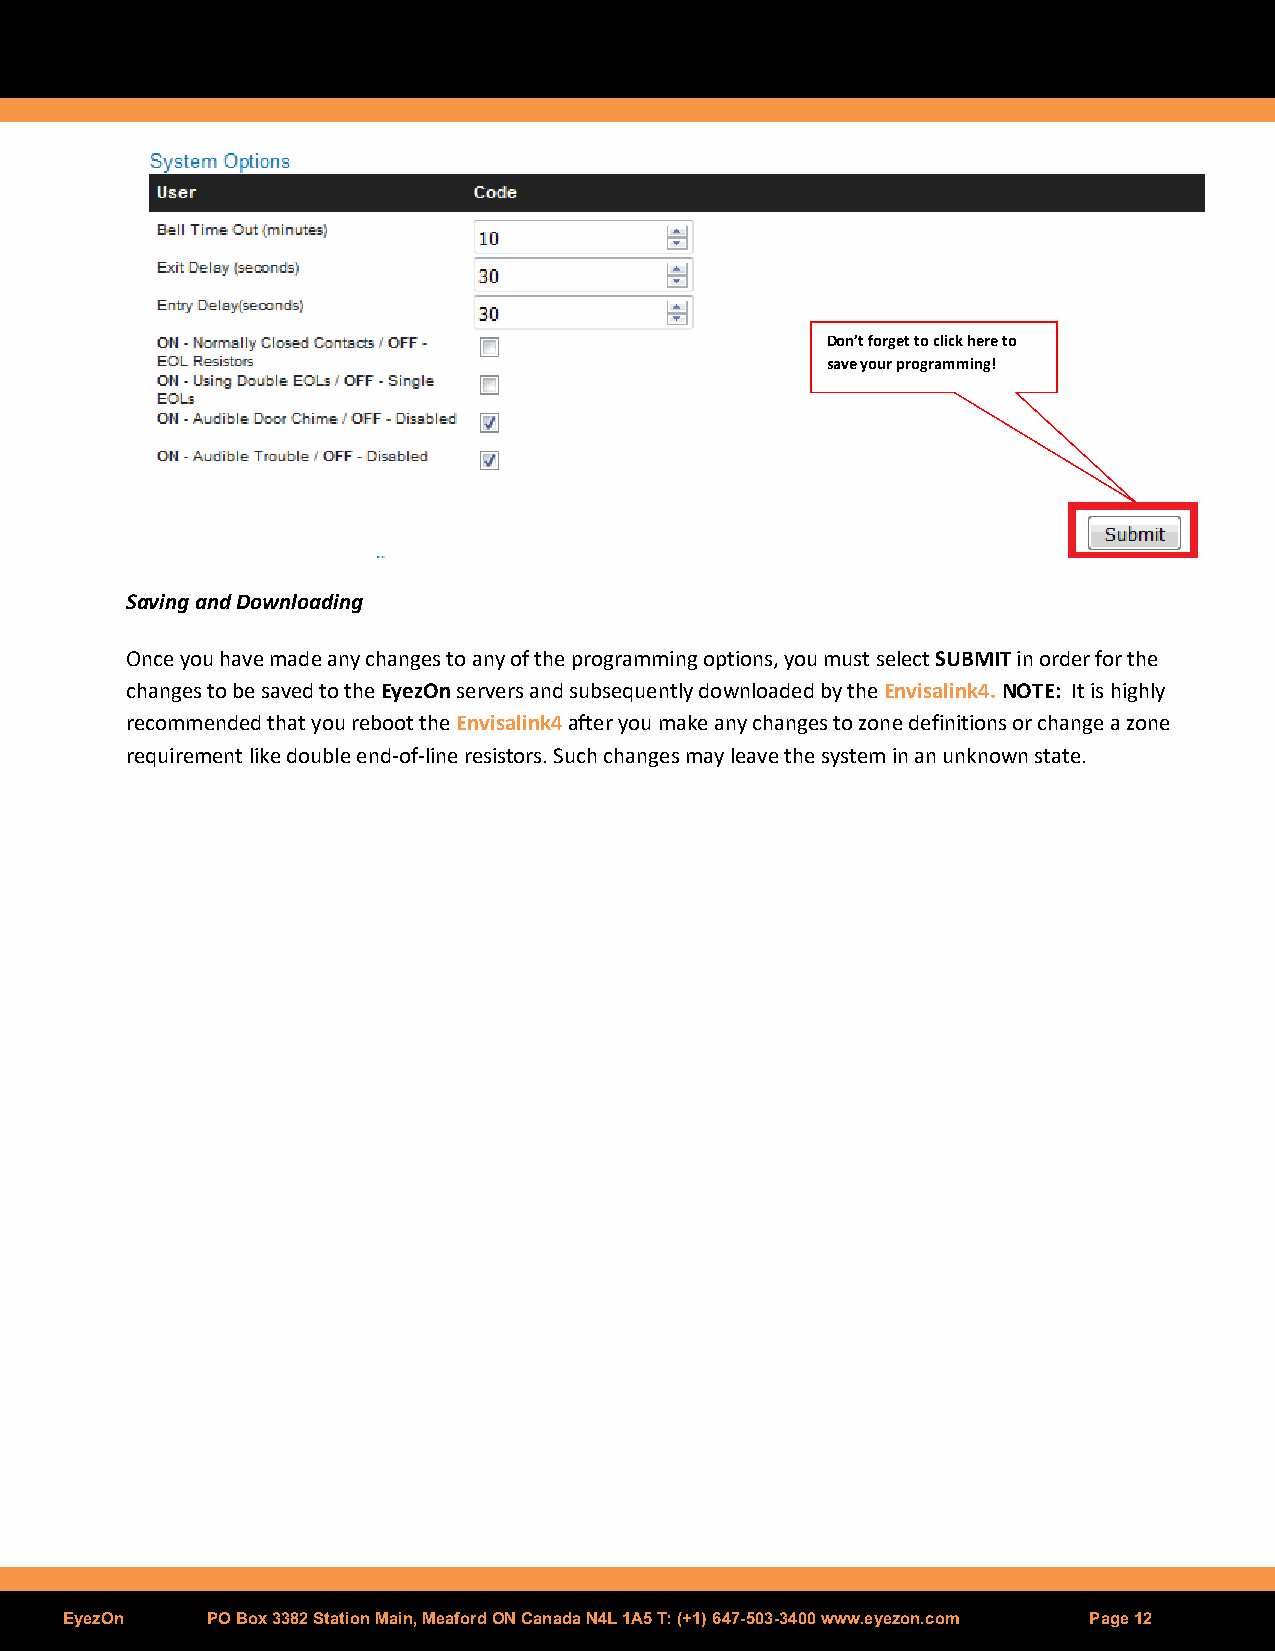
Don’t forget to click here to
 save your programming!
 Saving and Downloading
 Once you have made any changes to any of the programming options, you must select SUBMIT in order for the
 changes to be saved to the EyezOn servers and subsequently downloaded by the Envisalink4. NOTE: It is highly
 recommended that you reboot the Envisalink4 after you make any changes to zone definitions or change a zone
 requirement like double end-of-line resistors. Such changes may leave the system in an unknown state.
 EyezOn    PO Box 3382 Station Main, Meaford ON Canada N4L 1A5 T: (+1) 647-503-3400 www.eyezon.com Page 12